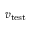
v _ { \mathrm { { t e s t } } }